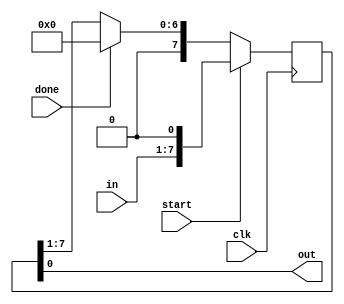
//name: P.V.SL. Hari Chandana
//roll no.: 16CS30026
`timescale 1ns / 1ps
//////////////////////////////////////////////////////////////////////////////////
// Company: 
// Engineer: 
// 
// Design Name: 
// Module Name:    shifter 
// Project Name: 
// Target Devices: 
// Tool versions: 
// Description: 
//
// Dependencies: 
//
// Revision: 
// Revision 0.01 - File Created
// Additional Comments: 
//
//////////////////////////////////////////////////////////////////////////////////
module shifter(input[6:0] in, input clk, input start, input done, output out
    );
reg [7:0] out1;
assign out =out1[0]; //out assigned to last bit of shifted input
always @(posedge clk)
begin
	if(start)		// out1 is concatenated with 0 so that the first clock cycle would not neglect the last bit of input
	begin
		out1= {in,1'b0};
	end
	else
	begin 		//out is being serially shifted 
		if(~done)
		begin
			out1 = out1>>1;
		end
		else
		begin  //to remove any latches created
		out1 =0;
		end
	end
end

endmodule